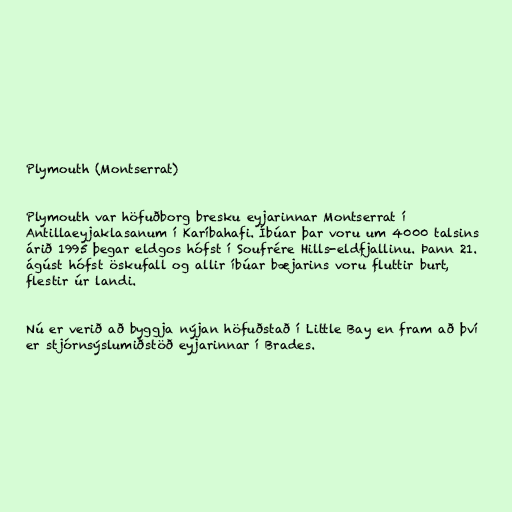
Plymouth (Montserrat)

Plymouth var höfuðborg bresku eyjarinnar Montserrat í
Antillaeyjaklasanum í Karíbahafi. Íbúar þar voru um 4000 talsins
árið 1995 þegar eldgos hófst í Soufrére Hills-eldfjallinu. Þann 21.
ágúst hófst öskufall og allir íbúar bæjarins voru fluttir burt,
flestir úr landi.

Nú er verið að byggja nýjan höfuðstað í Little Bay en fram að því
er stjórnsýslumiðstöð eyjarinnar í Brades.